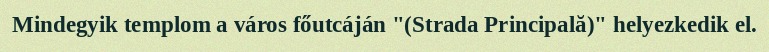
Mindegyik templom a város főutcáján "(Strada Principală)" helyezkedik el.